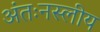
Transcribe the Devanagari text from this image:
अंतःनस्लीय